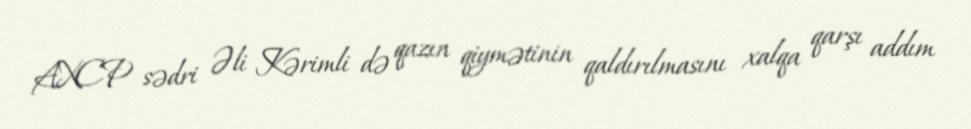
AXCP sədri Əli Kərimli də qazın qiymətinin qaldırılmasını xalqa qarşı addım